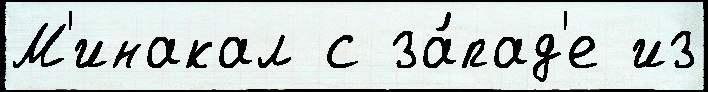
М'инакал с за́пад'е из